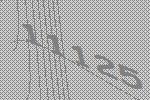
11125